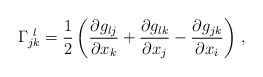
\begin{align*}\Gamma_{jk}^{ \ l} = {1\over 2} \left( {\partial g_{lj} \over \partial x_{k}} + {\partial g_{lk} \over \partial x_{j}} - {\partial g_{jk} \over \partial x_{i}}\right) \, ,\end{align*}